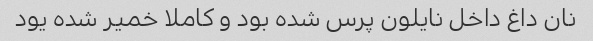
نان داغ داخل نایلون پرس شده بود و کاملا خمیر شده یود